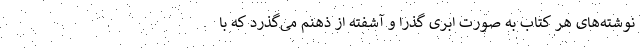
نوشته‌های هر کتاب به صورت ابری گذرا و آشفته از ذهنم می‌گذرد که با